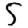
Digit: 5